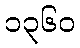
၁၃၆၀